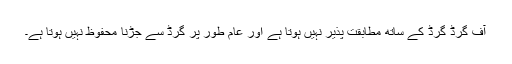
آف گرڈ گرڈ کے ساتھ مطابقت پذیر نہیں ہوتا ہے اور عام طور پر گرڈ سے جڑنا محفوظ نہیں ہوتا ہے۔